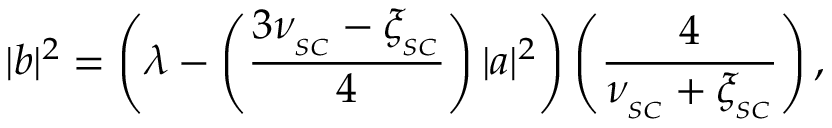
| b | ^ { 2 } = \left( \lambda - \left( \frac { 3 \nu _ { _ { S C } } - \xi _ { _ { S C } } } { 4 } \right) | a | ^ { 2 } \right) \left( \frac { 4 } { \nu _ { _ { S C } } + \xi _ { _ { S C } } } \right) ,